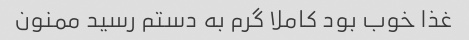
غذا خوب بود کاملا گرم به دستم رسید ممنون